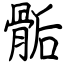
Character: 骺